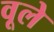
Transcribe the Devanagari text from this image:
वूले